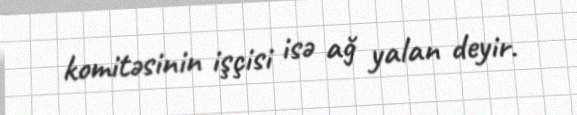
komitəsinin işçisi isə ağ yalan deyir.